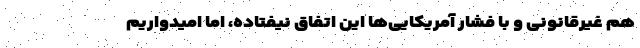
هم غیرقانونی و با فشار آمریکایی‌ها این اتفاق نیفتاده، اما امیدواریم